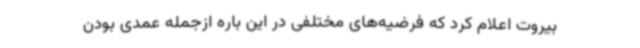
بیروت اعلام کرد که فرضیه‌های مختلفی در این باره ازجمله عمدی بودن